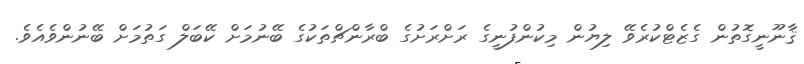
ޤާނޫނީގޮތުން ގެޒެޓްކުރެވޭ ލިޔުން މިކުންފުނީގެ ރަށްރަށުގެ ބްރާންޗްތަކުގެ ބޭނުމަށް ކޭބަލް ގަތުމަށް ބޭނުންވެއެވެ.